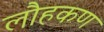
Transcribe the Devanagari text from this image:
लौहकण